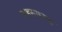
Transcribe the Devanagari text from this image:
साहसाध्यक्ष